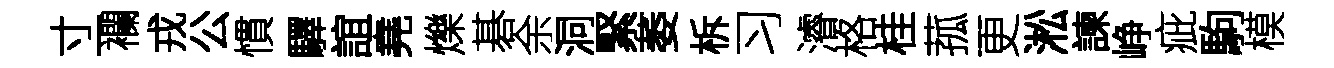
寸一襴戎公慣驛誼堯爍碁余洞緊萎柝习濬格桂菰更淞諫峥疵駒模